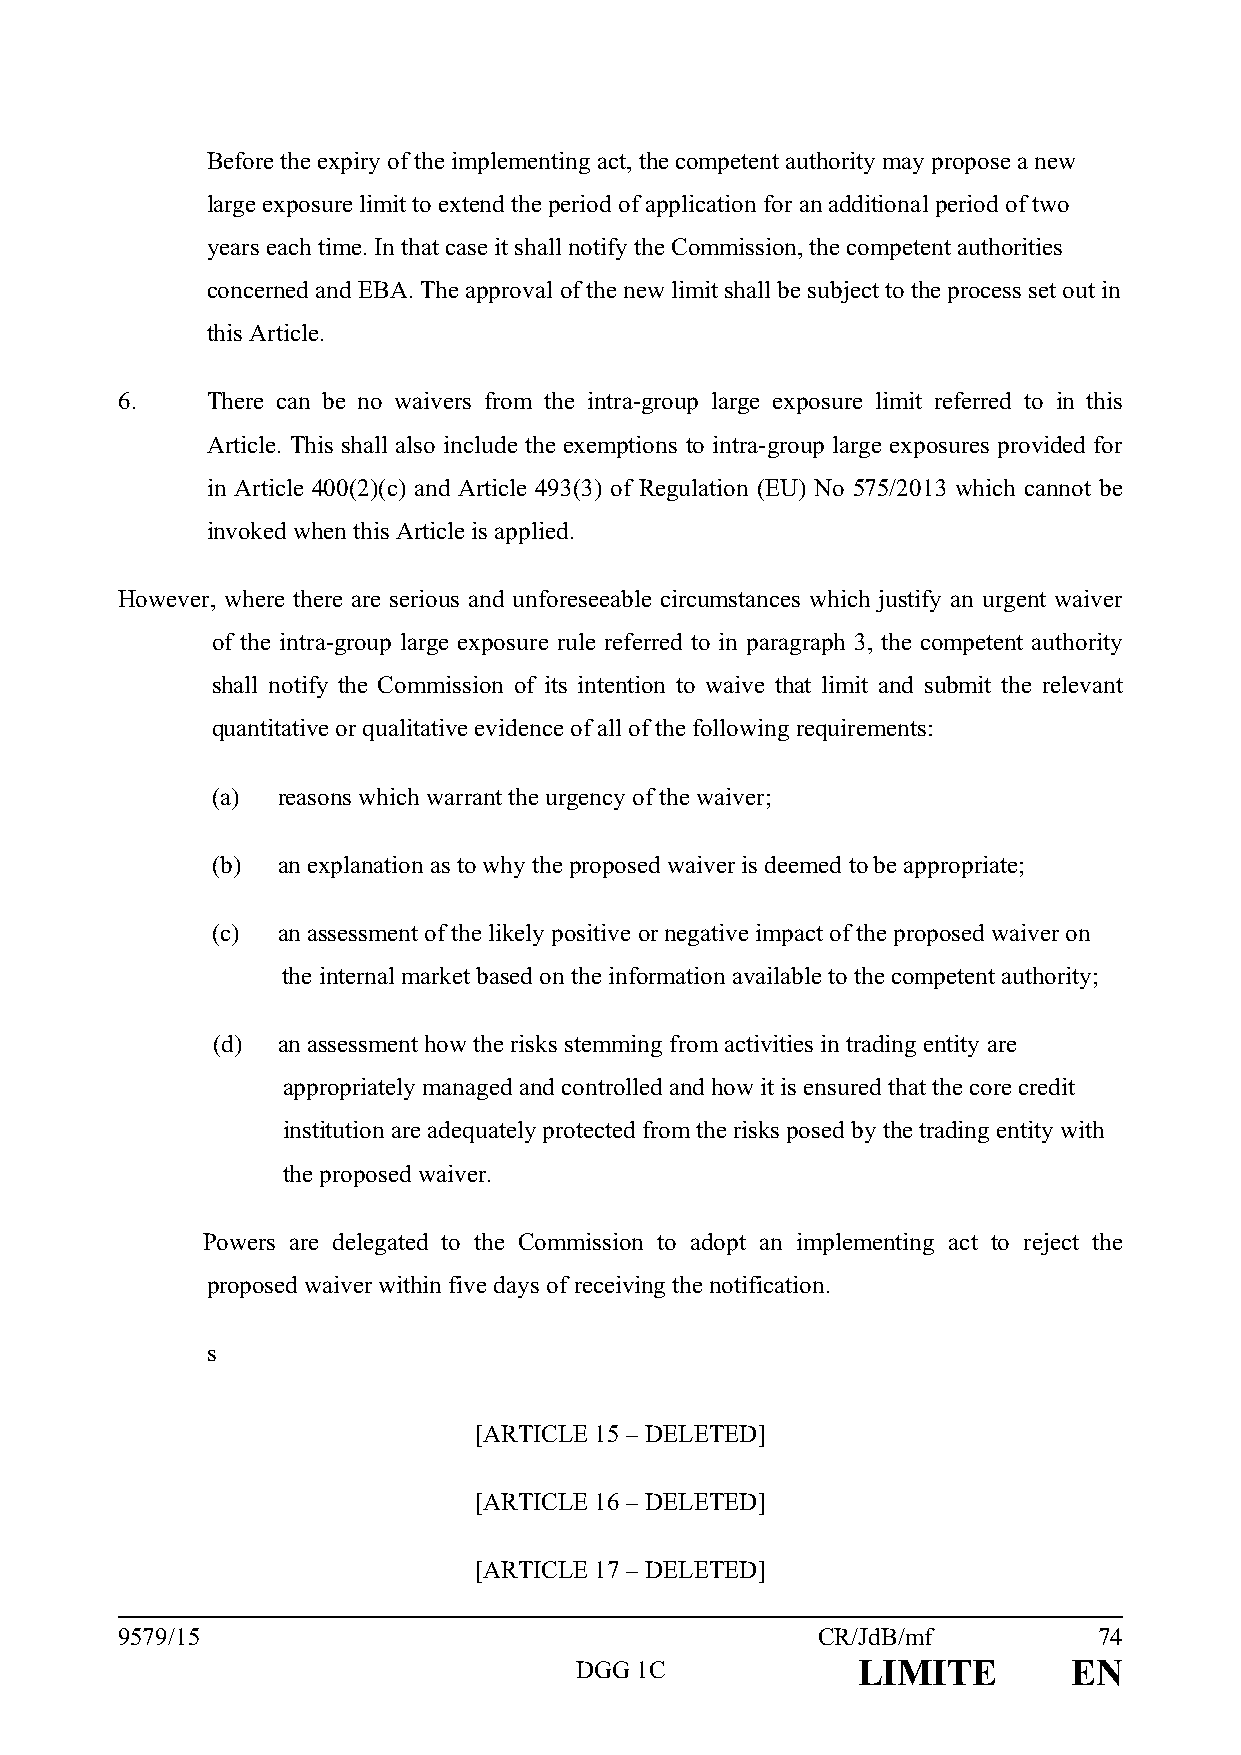
Before the expiry of the implementing act, the competent authority may propose a new
 large exposure limit to extend the period of application for an additional period of two
 years each time. In that case it shall notify the Commission, the competent authorities
 concerned and EBA. The approval of the new limit shall be subject to the process set out in
 this Article.
 6.    There can be no waivers from the intra-group large exposure limit referred to in this
 Article. This shall also include the exemptions to intra-group large exposures provided for
 in Article 400(2)(c) and Article 493(3) of Regulation (EU) No 575/2013 which cannot be
 invoked when this Article is applied.
 However, where there are serious and unforeseeable circumstances which justify an urgent waiver
 of the intra-group large exposure rule referred to in paragraph 3, the competent authority
 shall notify the Commission of its intention to waive that limit and submit the relevant
 quantitative or qualitative evidence of all of the following requirements:
 (a) reasons which warrant the urgency of the waiver;
 (b) an explanation as to why the proposed waiver is deemed to be appropriate;
 (c) an assessment of the likely positive or negative impact of the proposed waiver on
 the internal market based on the information available to the competent authority;
 (d) an assessment how the risks stemming from activities in trading entity are
 appropriately managed and controlled and how it is ensured that the core credit
 institution are adequately protected from the risks posed by the trading entity with
 the proposed waiver.
 Powers are delegated to the Commission to adopt an implementing act to reject the
 proposed waiver within five days of receiving the notification.
 s
 [ARTICLE 15 – DELETED]
 [ARTICLE 16 – DELETED]
 [ARTICLE 17 – DELETED]
 9579/15                                       CR/JdB/mf          74
 DGG 1C             LIMITE        EN